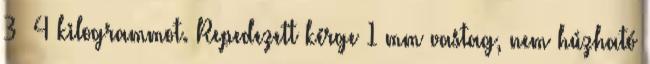
3 4 kilogrammot. Repedezett kérge 1 mm vastag, nem húzható